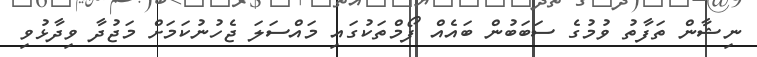
ނިޝާން ތަފާތު ވުމުގެ ސަބަބުން ބައެއް ފޯމްތަކުގައި މައްސަލަ ޖެހުނުކަމަށް މަޖުދާ ވިދާޅުވި